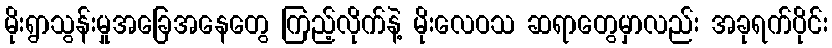
မိုးရွာသွန်းမှုအခြေအနေတွေ ကြည့်လိုက်နဲ့ မိုးလေဝသ ဆရာတွေမှာလည်း အခုရက်ပိုင်း